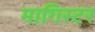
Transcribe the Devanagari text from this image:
मागिस्टर